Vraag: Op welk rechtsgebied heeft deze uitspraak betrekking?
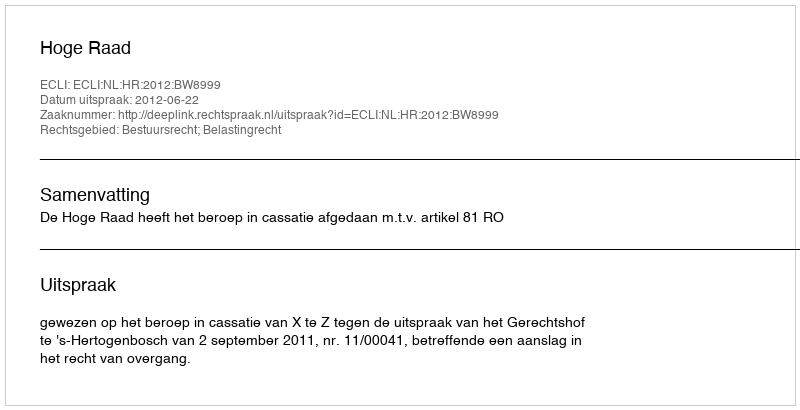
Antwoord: Bestuursrecht; Belastingrecht